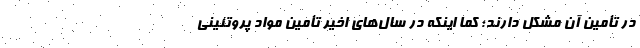
در تأمین آن مشکل دارند؛ کما اینکه در سال‌های اخیر تأمین مواد پروتئینی